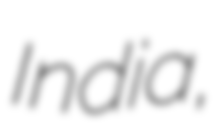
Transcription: India,